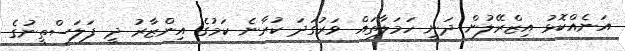
އަނެއްކޮޅު އިޒްރޭލުން ދަނީ ހަމަލާތައް ވަރުގަދަ ކުރާނެ ކަމުގެ އިންޒާރު ދީ ފަލަސްތީނުގެ